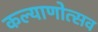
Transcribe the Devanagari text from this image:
कल्‍याणोत्‍सव